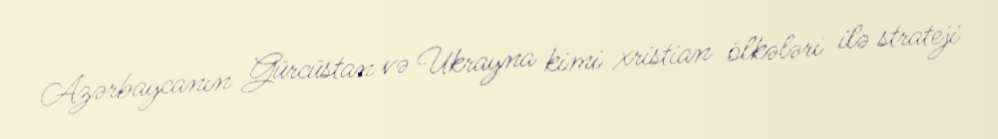
Azərbaycanın Gürcüstan və Ukrayna kimi xristian ölkələri ilə strateji